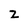
Character: z